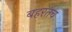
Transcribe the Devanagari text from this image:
बहरतच